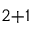
_ { 2 + 1 }